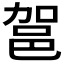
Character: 𮟶